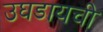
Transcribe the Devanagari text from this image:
उघडायची